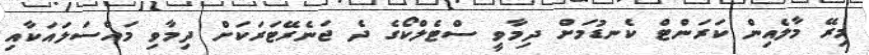
މިރޭ މާލެއިން ކަރަންޓް ކެނޑުމަށް ދިމާވީ ސްޓެލްކޯގެ ދެ ޖަނެރޭޓަރަކަށް ދިމާވި މައްސަލައަކާއި